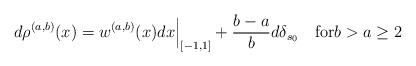
LaTeX: \begin{align*}d\rho^{(a,b)}(x)=w^{(a,b)}(x)dx\Bigr|_{[-1,1]} + \frac{b-a}{b} d\delta_{s_0} \quad{\rm for}b> a\ge 2\end{align*}